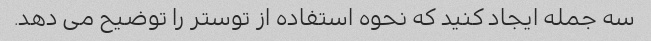
سه جمله ایجاد کنید که نحوه استفاده از توستر را توضیح می دهد.